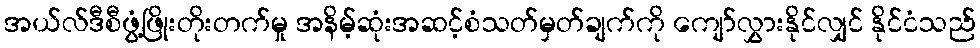
အယ်လ်ဒီစီဖွံ့ဖြိုးတိုးတက်မှု အနိမ့်ဆုံးအဆင့်စံသတ်မှတ်ချက်ကို ကျော်လွှားနိုင်လျှင် နိုင်ငံသည်